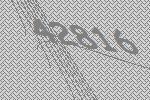
42816